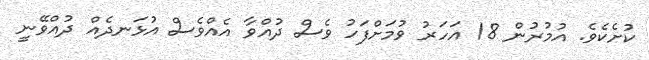
ކުށެކެވެ. އުމުރުން 18 އަހަރު ވުމަށްފަހު ވެސް ދުއްވާ އެއްވެސް އުޅަނދެއް ދުއްވޭނީ